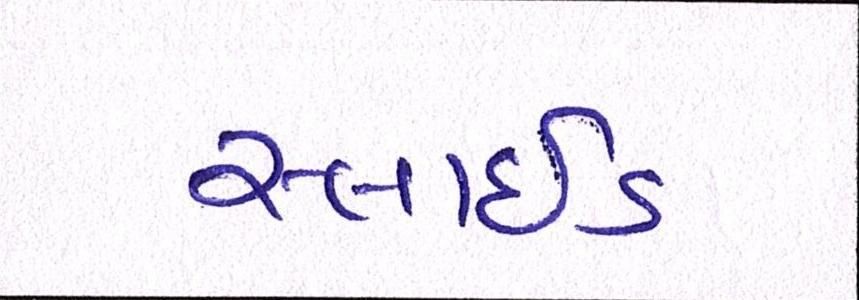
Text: સ્લાઇડ